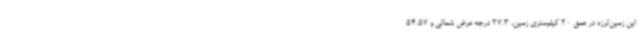
این زمین‌لرزه در عمق 20 کیلومتری زمین، 27.3 درجه عرض شمالی و 54.57